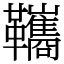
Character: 䪎